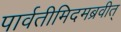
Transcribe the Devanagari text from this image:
पार्वतीमिदमब्रवीत्